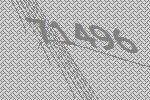
71496